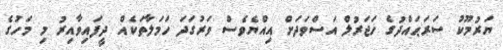
ޔަރުމޫކު ސަރަޙައްދުގެ ހަޖަރުލް އަސްވަދަށް އިއްޔެވެސް ވަރުގަދަ ހަމަލާތަކެއް ދީފައިވާއިރު މި މަހުގެ